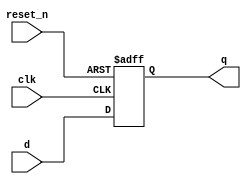
module register
  #(parameter WIDTH = 1)
   (
    input                  clk,
    input                  reset_n,
    input [WIDTH-1:0]      d,
    output reg [WIDTH-1:0] q
    );

   always @(posedge clk, negedge reset_n)
     if (!reset_n)
       q <= {WIDTH {1'b0}};
     else
       q <= d;

endmodule // register